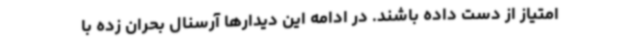
امتیاز از دست داده باشند. در ادامه این دیدارها آرسنال بحران زده با